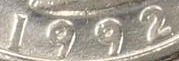
1992